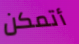
أتمكن